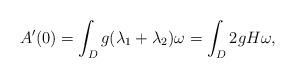
LaTeX: \begin{align*} A'(0) = \int_Dg(\lambda_1+\lambda_2)\omega = \int_D2gH\omega,\end{align*}